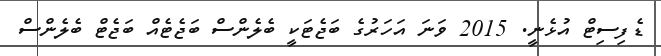
ޑެފިސިޓް އުޅެނީ. 2015 ވަނަ އަހަރުގެ ބަޖެޓަކީ ބެލެންސް ބަޖެޓެއް ބަޖެޓް ބެލެންސް